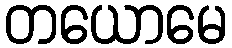
တယောမေ